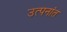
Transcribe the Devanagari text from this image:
उत्पनांत